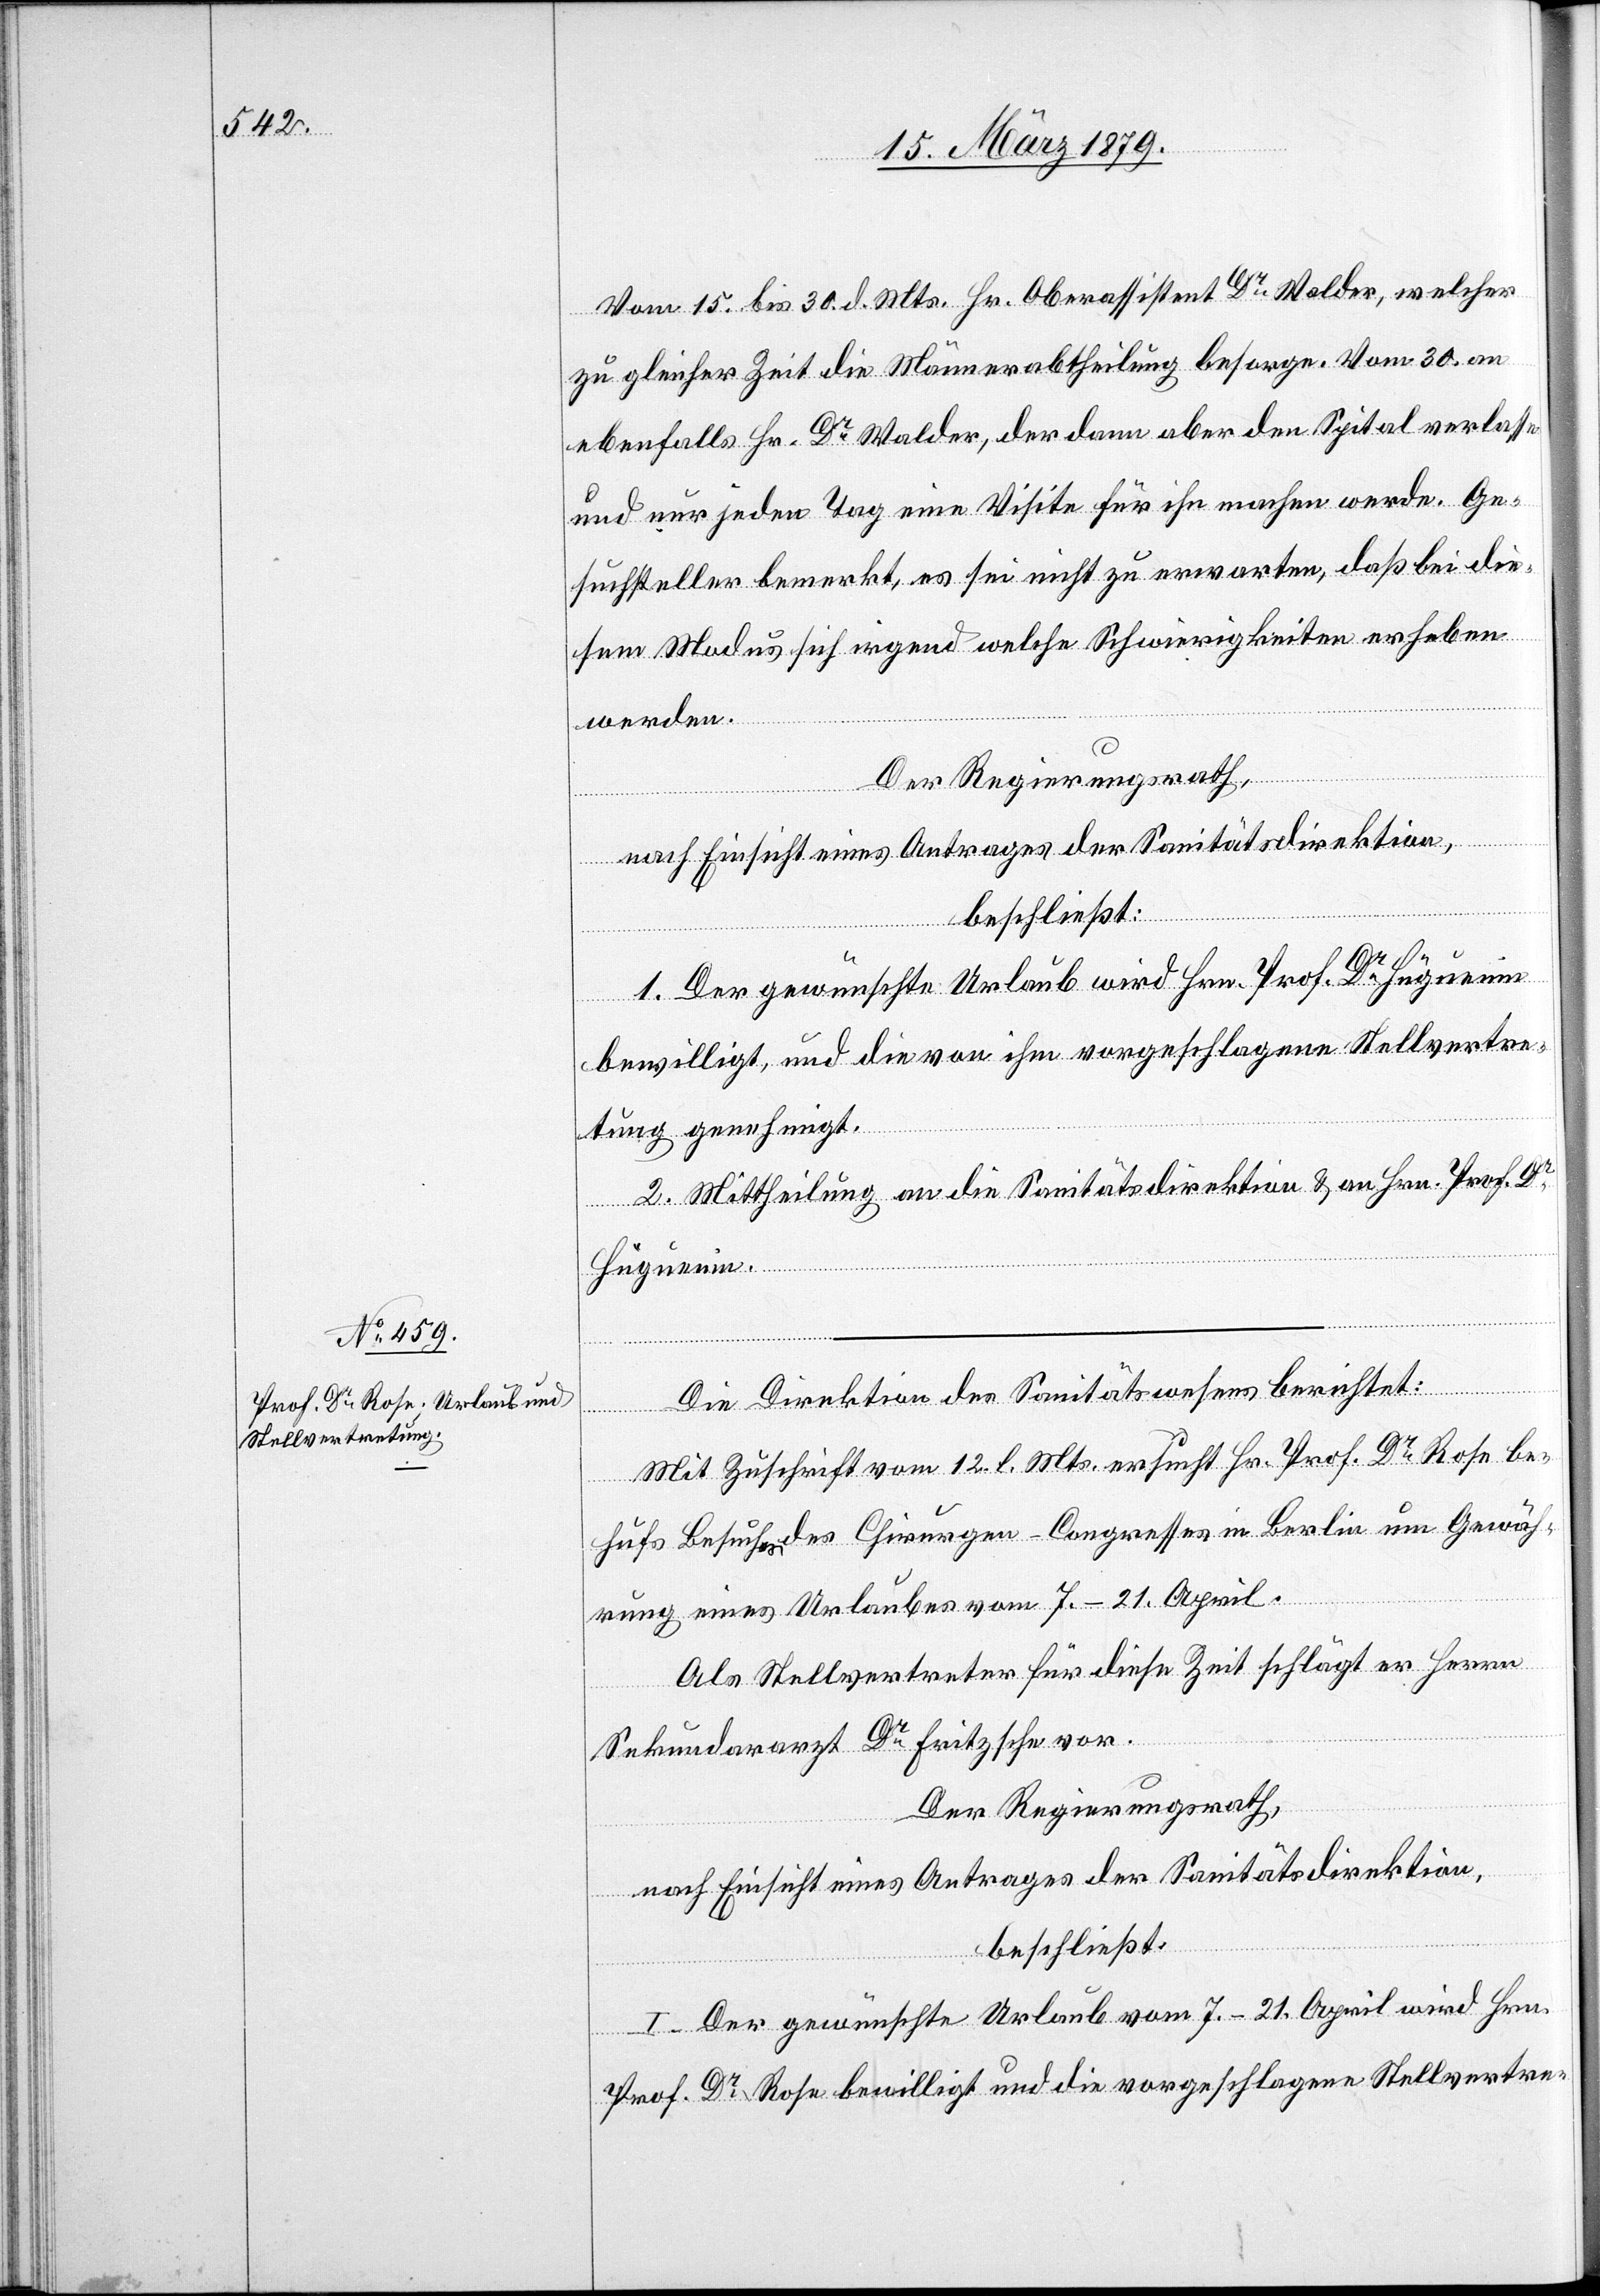
Vom 15. bis 30. d. Mts. Hr. Oberassistent Dr Walder, welcher
zu gleicher Zeit die Männerabtheilung besorge. Vom 30. an
ebenfalls Hr. Dr Walder, der dann aber den Spital verlasse
und nur jeden Tag eine Visite für ihn machen werde. Ge¬
suchsteller bemerkt, es sei nicht zu erwarten, daß bei die¬
sem Modus sich irgend welche Schwierigkeiten erheben
werden.
Der Regierungsrath,
nach Einsicht eines Antrages der Sanitätsdirektion,
beschließt:
1. Der gewünschte Urlaub wird Hrn. Prof. Dr Hüguenin
bewilligt, und die von ihm vorgeschlagene Stellvertre¬
tung genehmigt.
2. Mittheilung an die Sanitätsdirektion & an Hrn. Prof. Dr
Hüguenin.
Die Direktion des Sanitätswesens berichtet:
Mit Zuschrift vom 12. l. Mts. ersucht Hr. Prof. Dr Rose be¬
hufs Besuches des Chirurgen-Congresses in Berlin um Gewäh¬
rung eines Urlaubes vom 7.–21. April.
Als Stellvertreter für diese Zeit schlägt er Herrn
Sekundararzt Dr Fritzsche vor.
Der Regierungsrath,
nach Einsicht eines Antrages der Sanitätsdirektion,
beschließt:
1. Der gewünschte Urlaub vom 7.–21. April wird Hrn.
Prof. Dr Rose bewilligt und die vorgeschlagene Stellvertre-